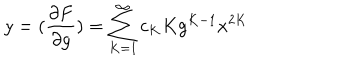
y = ( \frac { \partial F } { \partial g } ) = \sum _ { K = 1 } ^ { \infty } c _ { K } K g ^ { K - 1 } x ^ { 2 K }